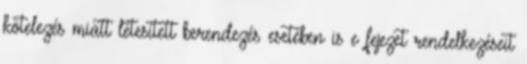
kötelezés miatt létesített berendezés esetében is e fejezet rendelkezéseit